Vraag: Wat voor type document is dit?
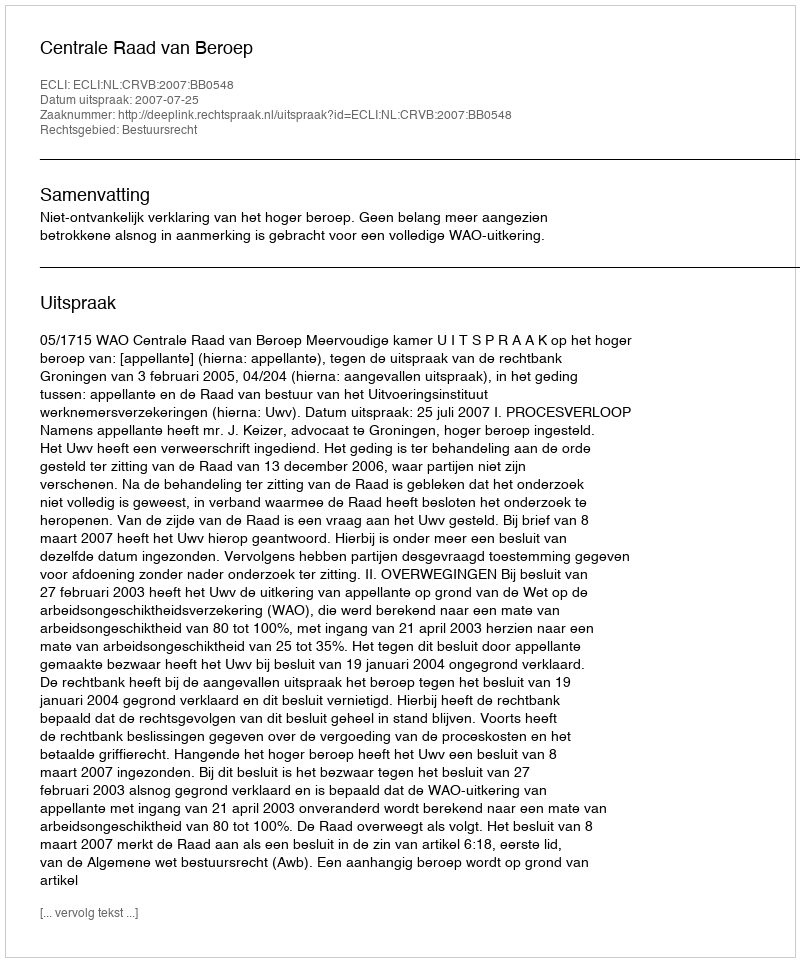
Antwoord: Uitspraak